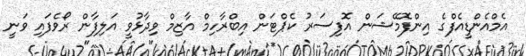
އެމްއެންޑީއެފްގެ އިންފޮމޭޝަން އޮފިސަރު ކެޕްޓަން އިބްރާހިމް އާޒިމް ވިދާޅުވީީ އަލިފާން ރޯވެފައި ވަނީ